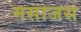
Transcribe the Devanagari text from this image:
मसाजस